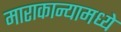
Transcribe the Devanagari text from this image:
माराकान्यामध्ये